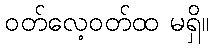
ဝတ်လေ့ဝတ်ထ မရှိ။